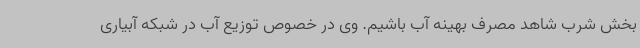
بخش شرب شاهد مصرف بهینه آب باشیم. وی در خصوص توزیع آب در شبکه آبیاری